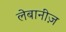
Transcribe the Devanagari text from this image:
लेबानीज़